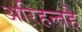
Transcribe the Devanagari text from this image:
अरिहन्तहै